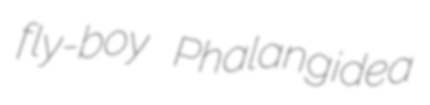
fly-boy Phalangidea